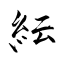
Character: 紜